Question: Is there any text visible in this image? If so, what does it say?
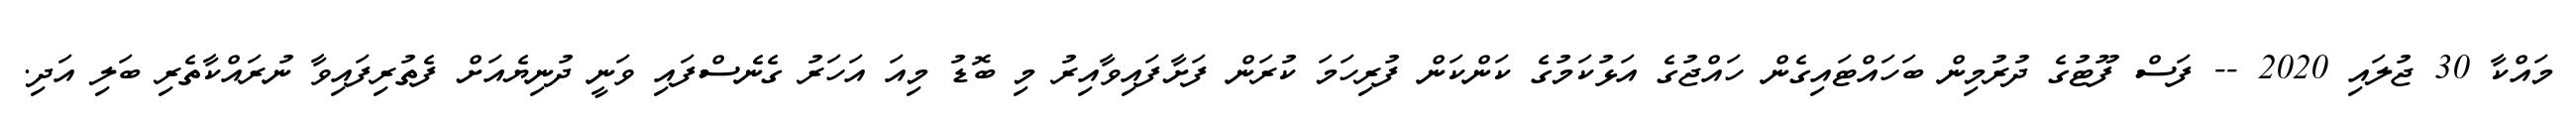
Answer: މައްކާ 30 ޖުލައި 2020 -- ފަސް ފޫޓުގެ ދުރުމިން ބަހައްޓައިގެން ހައްޖުގެ އަޅުކަމުގެ ކަންކަން ފުރިހަމަ ކުރަން ފަށާފައިވާއިރު މި ބޮޑު މިއަ އަހަރު ގެނެސްފައި ވަނީ ދުނިޔެއަށް ފެތުރިފައިވާ ނުރައްކާތެރި ބަލި އަދި.